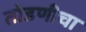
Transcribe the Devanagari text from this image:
तोडणीचा